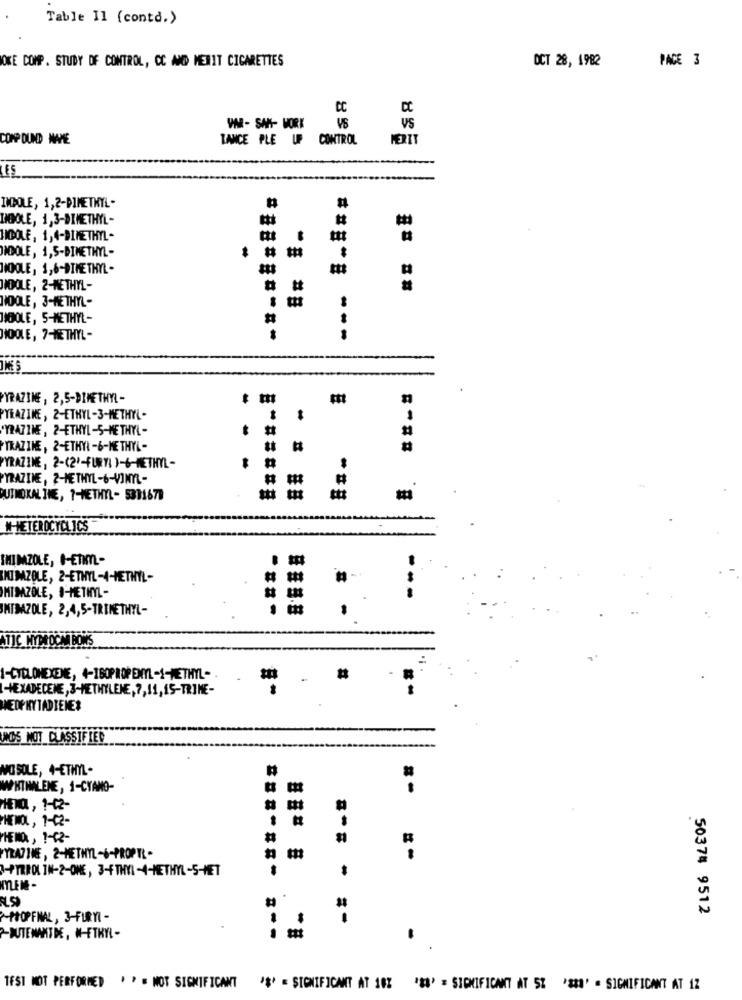
Table Il (contd.>
OKE COMP. STUDY OF CONTROL, CC MED MERIT CIGARETTES
PAGE 3
OCT 28, 1982
CC
US
VM- SAR- WORK
COMP DUND MAPIE
LANCE PLE UP CONTROL
FERIT
ES
IMCOLE, 1,2-DIMETHYL-
LIGOLE, 1,3-DIMETHYL-
INCOLE, 1,4-DIMETHYL-
DIODOLE, 1,5-DIMETHYL -
NICOLE, 1,6-BTME THYL -
INDOLE, 2-METHYL -
tt
NOOLE, 3-METHYL-
NICOLE, 5-METHYL-
#
MIOOLE, 7-METHYL -
===-= ---
YRAZINE , 2,5-DIMETHYL -
PYRAZINE , 2-ETHYL-3-METHYL-
'YRAZIME , 2-ETHYL-5-METHYL -
* #
TRAZINE, 2-ETHYL -6-ME THYL -
PYRAZINE , 2-(2'-FURYI )-6-METHYL -
TRAZINE , 2-METHYL-6-VINYL-
#
QUINOKAL INE, 7-METHYL- 5391679
W-HETEROCYCLICS
IHIMZOLE, 1-ETIm-
NIMZOLE, 2-ETHYL-4-METHYL-
MIDAZOLE, I-METHYL -
IMIDAZOLE, 2,4,5-TRIMETHYL-
-
.
ATIC NYM OCH BONS
=
1-CYCLOHEXENE, 4-ISOPROPENYL-1-METHYL- -
#
I-HEXADECENE, 3-METHYLENE, 7,11,15-TRINE-
HNEDPHYTADIENER
UNDS NOT CLASSIFIED
NO SOLE, 4-ETHYL -
WHIMALENE, 1-CYANO-
HEEN, 1-02-
PHENOL, 1-02-
HEMD, 1-42-
FYRATIME , 2-METHYL-6-PROPTL .
3-PYRROL IN-2-ONE, 3-FTHMYI -4-METHYL-5-MET
#
50374 9512
-POPFMAL, 3-FURYI -
1
-DUTENANTDE , W-ETHYL-
.
TEST MOT PERFORMED . P = NOT SIGNIFICANT *** = SIGNIFICANT AT 10%
"88' = SIGNIFICANT AT 5% ** 38' . SIGNIFICANT AT 12